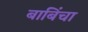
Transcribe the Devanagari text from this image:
बाबिंचा